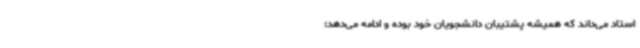
استاد می‌داند که همیشه پشتیبان دانشجویان خود بوده و ادامه می‌دهد: